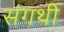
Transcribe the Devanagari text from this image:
संगथी